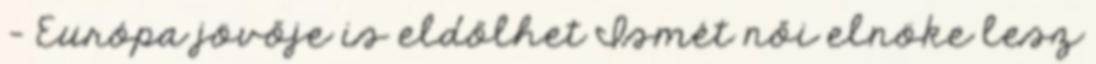
- Európa jövője is eldőlhet Ismét női elnöke lesz